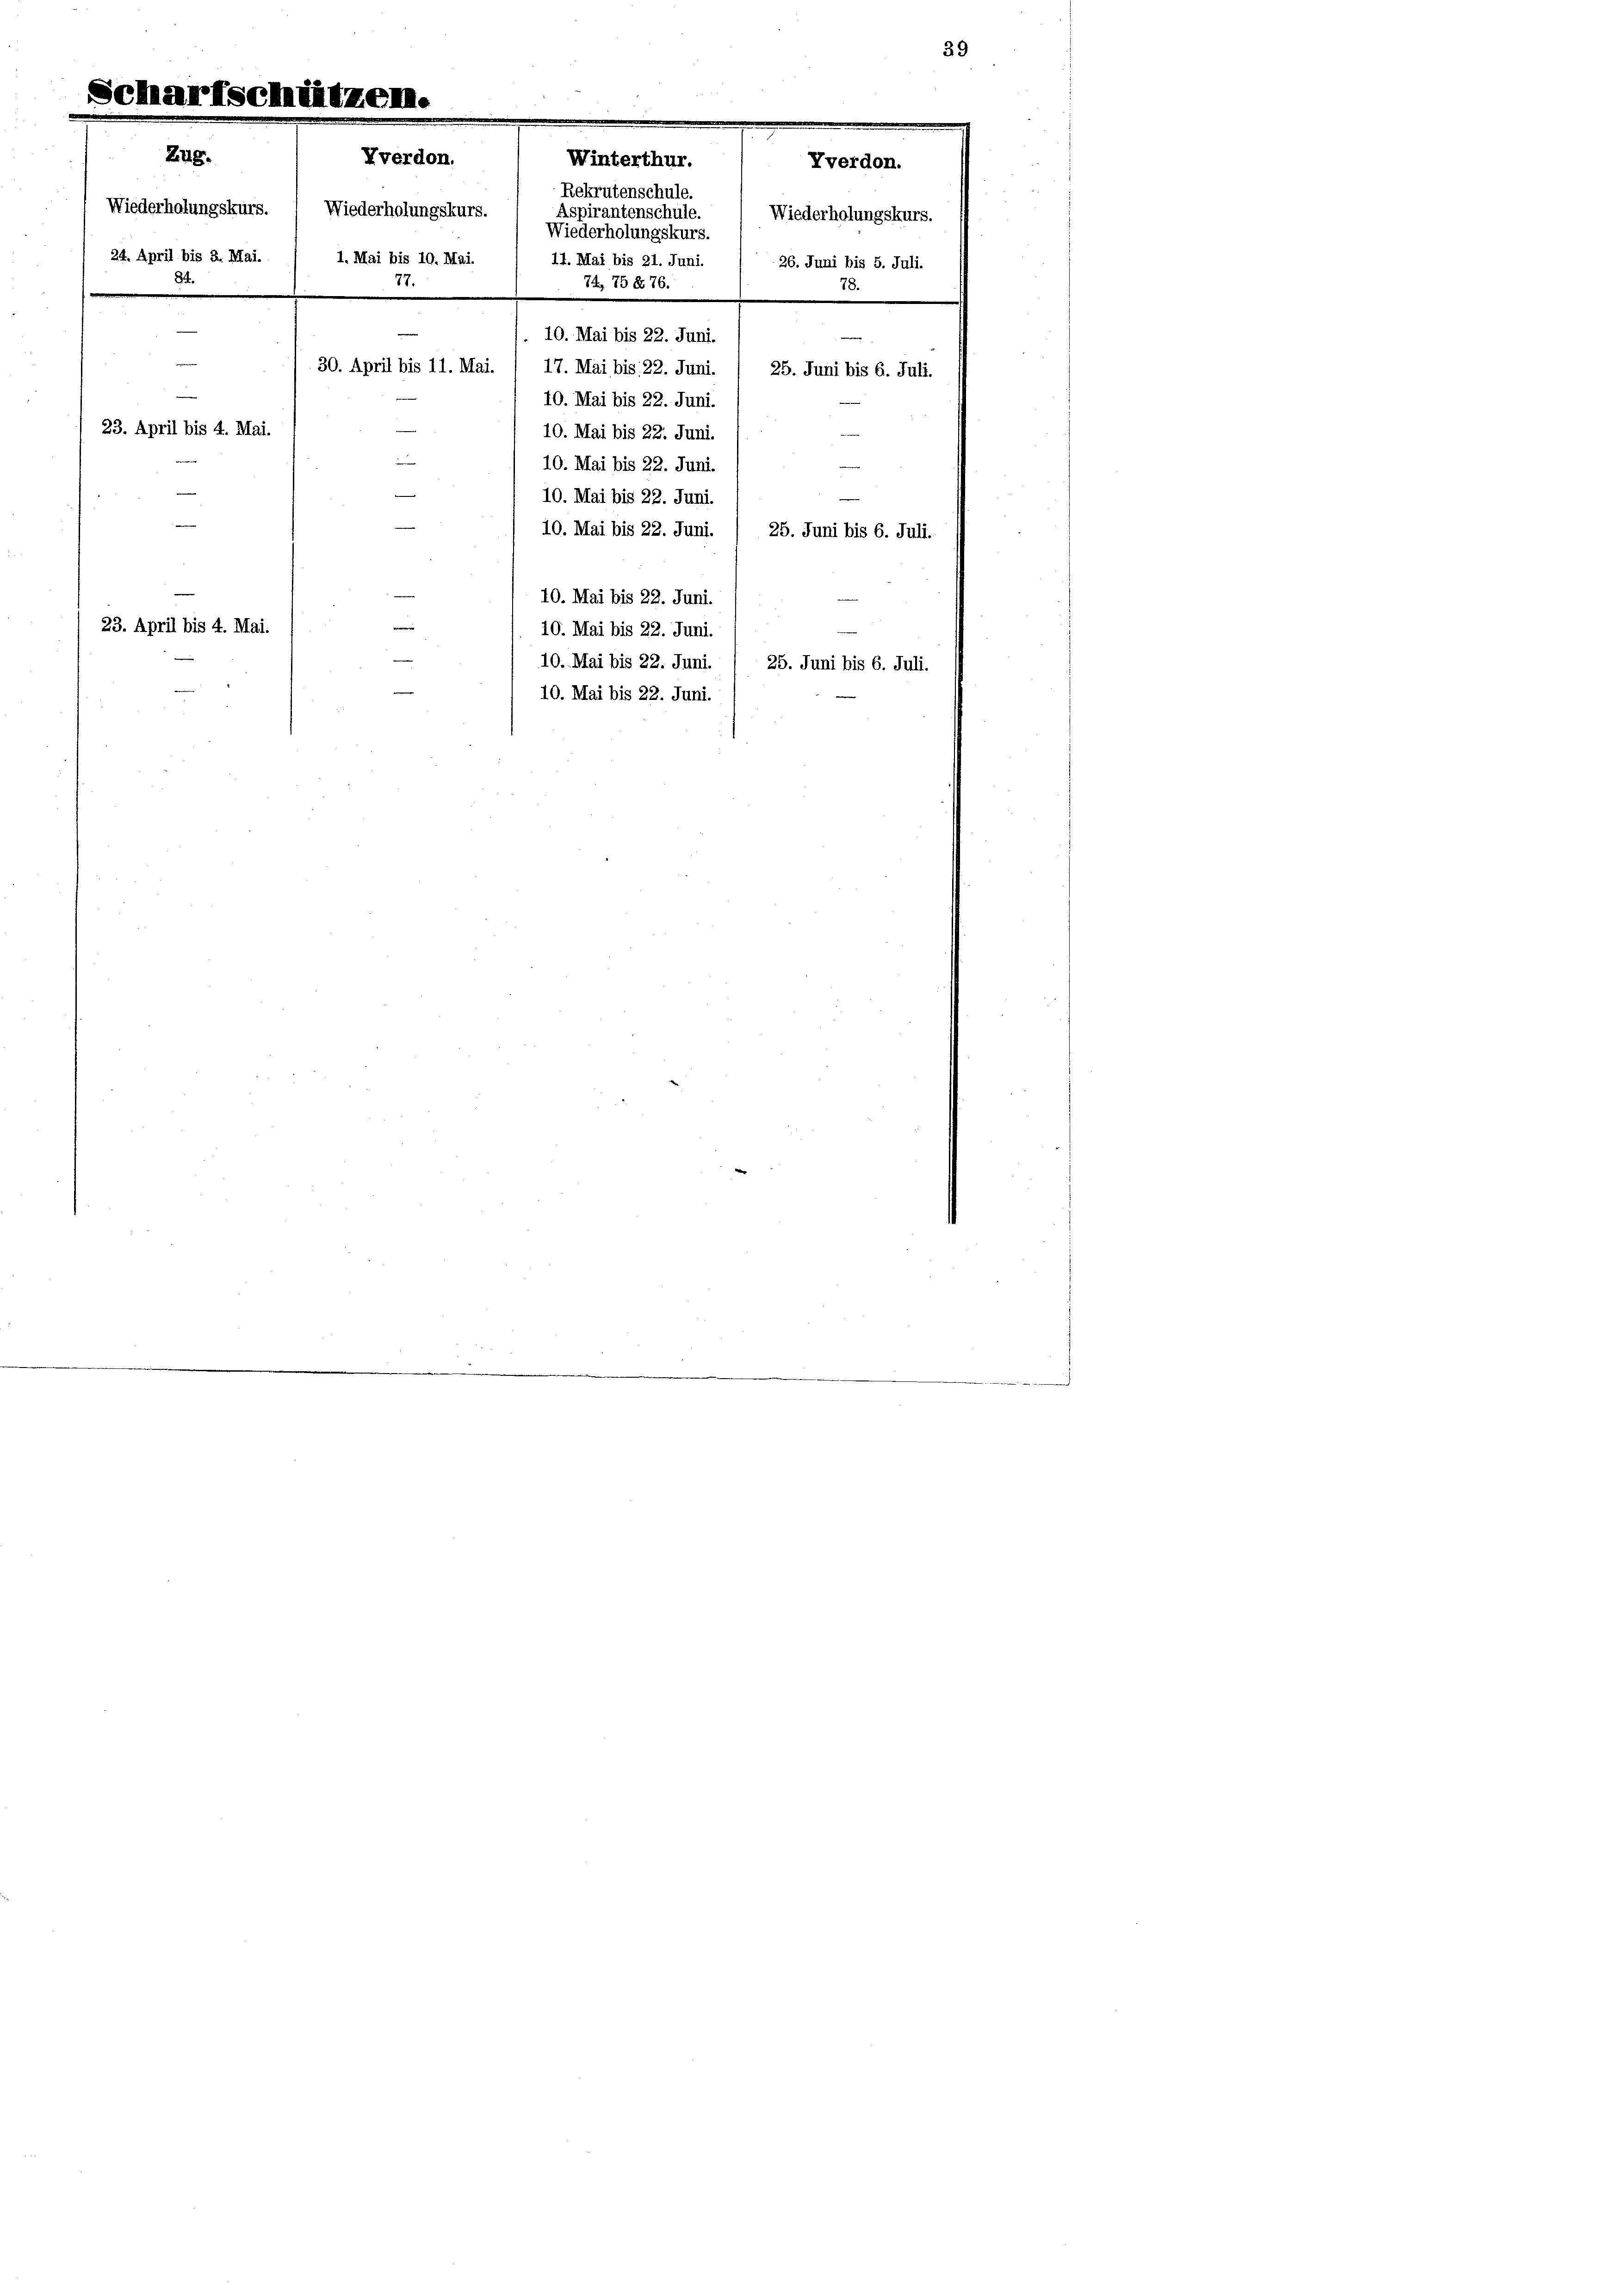
Zug.

Scharfschützen.
Yverdon.
Winterthur.
Tverdon.
Rekrutenschule.
Aspirantenschule.
Wiederholungskurs. 1
11. Mai bis 21. Juni.
84.
77.
74, 76 x 76.
e
10. Mai bis 22. Juni.
30. April bis 11. Mai
17. Mai bis 22. Juni.
25. Juni bis 6. Juli.
u
10. Mai bis 22. Juni.
23. April bis 4. Mai.
10. Mai bis 22. Juni
—
10. Mai bis 22. Juni

10. Mai bis 22. Juni.
10. Mai bis 22. Juni.
25. Juni bis 6. Juli.
10. Mai bis 22. Juni.
23. April bis 4. Mai.
10. Mai bis 22. Juni.
10. Mai bis 22. Juni.
25. Juni bis 6. Juli.
10. Mai bis 22. Juni.

Niederholungskurs.
24. April bis 3. Mai.

Niederholungskurs.
1. Mai bis 10. Mai.

Wiederholungskurs.
26. Juni bis 5. Juli.
78

39